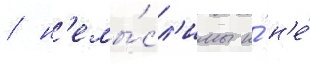
/ н'емы́сл'имы и́ н'е́